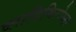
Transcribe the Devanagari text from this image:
व्लादिमिरोव्ना